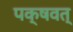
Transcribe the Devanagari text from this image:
पक्षवत्